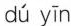
dú yīn